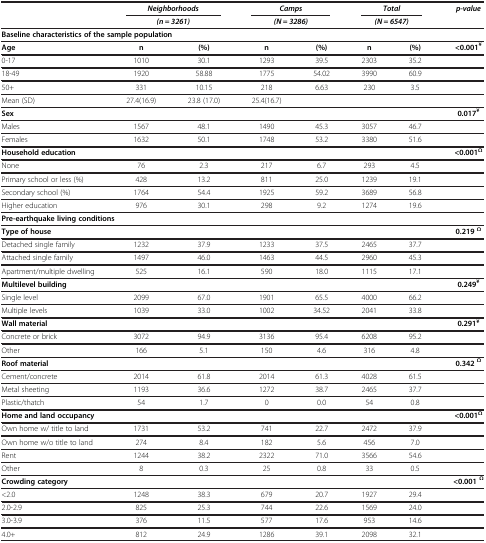
<table><thead><tr><td><b> </b></td><td colspan="2"><b><i>Neighborhoods</i></b></td><td colspan="2"><b><i>Camps</i></b></td><td colspan="2"><b><i>Total</i></b></td><td><b><i>p-value</i></b></td></tr><tr><td><b> </b></td><td colspan="2"><b><i>(n = 3261)</i></b></td><td colspan="2"><b><i>(N = 3286)</i></b></td><td colspan="2"><b><i>(N = 6547)</i></b></td><td><b> </b></td></tr></thead><tbody><tr><td colspan="8"><b>Baseline characteristics of the sample population</b></td></tr><tr><td><b>Age</b></td><td><b>n</b></td><td><b>(%)</b></td><td><b>n</b></td><td><b>(%)</b></td><td><b>n</b></td><td><b>(%)</b></td><td><b>&lt;0.001</b><sup><b>¥</b></sup></td></tr><tr><td>0-17</td><td>1010</td><td>30.1</td><td>1293</td><td>39.5</td><td>2303</td><td>35.2</td><td> </td></tr><tr><td>18-49</td><td>1920</td><td>58.88</td><td>1775</td><td>54.02</td><td>3990</td><td>60.9</td><td> </td></tr><tr><td>50+</td><td>331</td><td>10.15</td><td>218</td><td>6.63</td><td>230</td><td>3.5</td><td> </td></tr><tr><td>Mean (SD)</td><td>27.4(16.9)</td><td>23.8 (17.0)</td><td>25.4(16.7)</td><td> </td><td> </td><td> </td><td> </td></tr><tr><td><b>Sex</b></td><td> </td><td> </td><td> </td><td> </td><td> </td><td> </td><td><b>0.017</b><sup><b>¥</b></sup></td></tr><tr><td>Males</td><td>1567</td><td>48.1</td><td>1490</td><td>45.3</td><td>3057</td><td>46.7</td><td> </td></tr><tr><td>Females</td><td>1632</td><td>50.1</td><td>1748</td><td>53.2</td><td>3380</td><td>51.6</td><td> </td></tr><tr><td><b>Household education</b></td><td> </td><td> </td><td> </td><td> </td><td> </td><td> </td><td><b>&lt;0.001</b><sup><b>Ω</b></sup></td></tr><tr><td>None</td><td>76</td><td>2.3</td><td>217</td><td>6.7</td><td>293</td><td>4.5</td><td> </td></tr><tr><td>Primary school or less (%)</td><td>428</td><td>13.2</td><td>811</td><td>25.0</td><td>1239</td><td>19.1</td><td> </td></tr><tr><td>Secondary school (%)</td><td>1764</td><td>54.4</td><td>1925</td><td>59.2</td><td>3689</td><td>56.8</td><td> </td></tr><tr><td>Higher education</td><td>976</td><td>30.1</td><td>298</td><td>9.2</td><td>1274</td><td>19.6</td><td> </td></tr><tr><td colspan="8"><b>Pre-earthquake living conditions</b></td></tr><tr><td><b>Type of house</b></td><td> </td><td> </td><td> </td><td> </td><td> </td><td> </td><td><b>0.219 </b><sup><b>Ω</b></sup></td></tr><tr><td>Detached single family</td><td>1232</td><td>37.9</td><td>1233</td><td>37.5</td><td>2465</td><td>37.7</td><td> </td></tr><tr><td>Attached single family</td><td>1497</td><td>46.0</td><td>1463</td><td>44.5</td><td>2960</td><td>45.3</td><td> </td></tr><tr><td>Apartment/multiple dwelling</td><td>525</td><td>16.1</td><td>590</td><td>18.0</td><td>1115</td><td>17.1</td><td> </td></tr><tr><td><b>Multilevel building</b></td><td> </td><td> </td><td> </td><td> </td><td> </td><td> </td><td><b>0.249</b><sup><b>¥</b></sup></td></tr><tr><td>Single level</td><td>2099</td><td>67.0</td><td>1901</td><td>65.5</td><td>4000</td><td>66.2</td><td> </td></tr><tr><td>Multiple levels</td><td>1039</td><td>33.0</td><td>1002</td><td>34.52</td><td>2041</td><td>33.8</td><td> </td></tr><tr><td><b>Wall material</b></td><td> </td><td> </td><td> </td><td> </td><td> </td><td> </td><td><b>0.291</b><sup><b>¥</b></sup></td></tr><tr><td>Concrete or brick</td><td>3072</td><td>94.9</td><td>3136</td><td>95.4</td><td>6208</td><td>95.2</td><td> </td></tr><tr><td>Other</td><td>166</td><td>5.1</td><td>150</td><td>4.6</td><td>316</td><td>4.8</td><td> </td></tr><tr><td><b>Roof material</b></td><td> </td><td> </td><td> </td><td> </td><td> </td><td> </td><td><b>0.342 </b><sup><b>Ω</b></sup></td></tr><tr><td>Cement/concrete</td><td>2014</td><td>61.8</td><td>2014</td><td>61.3</td><td>4028</td><td>61.5</td><td> </td></tr><tr><td>Metal sheeting</td><td>1193</td><td>36.6</td><td>1272</td><td>38.7</td><td>2465</td><td>37.7</td><td> </td></tr><tr><td>Plastic/thatch</td><td>54</td><td>1.7</td><td>0</td><td>0.0</td><td>54</td><td>0.8</td><td> </td></tr><tr><td><b>Home and land occupancy</b></td><td> </td><td> </td><td> </td><td> </td><td> </td><td> </td><td><b>&lt;0.001</b><sup><b>Ω</b></sup></td></tr><tr><td>Own home w/ title to land</td><td>1731</td><td>53.2</td><td>741</td><td>22.7</td><td>2472</td><td>37.9</td><td> </td></tr><tr><td>Own home w/o title to land</td><td>274</td><td>8.4</td><td>182</td><td>5.6</td><td>456</td><td>7.0</td><td> </td></tr><tr><td>Rent</td><td>1244</td><td>38.2</td><td>2322</td><td>71.0</td><td>3566</td><td>54.6</td><td> </td></tr><tr><td>Other</td><td>8</td><td>0.3</td><td>25</td><td>0.8</td><td>33</td><td>0.5</td><td> </td></tr><tr><td><b>Crowding category</b></td><td> </td><td> </td><td> </td><td> </td><td> </td><td> </td><td><b>&lt;0.001 </b><sup><b>Ω</b></sup></td></tr><tr><td>&lt;2.0</td><td>1248</td><td>38.3</td><td>679</td><td>20.7</td><td>1927</td><td>29.4</td><td> </td></tr><tr><td>2.0-2.9</td><td>825</td><td>25.3</td><td>744</td><td>22.6</td><td>1569</td><td>24.0</td><td> </td></tr><tr><td>3.0-3.9</td><td>376</td><td>11.5</td><td>577</td><td>17.6</td><td>953</td><td>14.6</td><td> </td></tr><tr><td>4.0+</td><td>812</td><td>24.9</td><td>1286</td><td>39.1</td><td>2098</td><td>32.1</td><td> </td></tr></tbody></table>